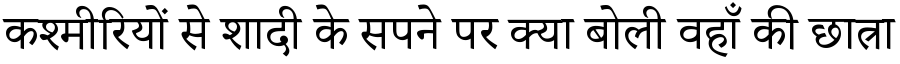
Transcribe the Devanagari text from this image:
कश्मीरियों से शादी के सपने पर क्या बोली वहाँ की छात्रा